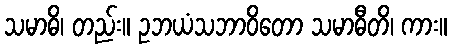
သမာဓိ၊ တည်း။ ဥဘယံသဘာဝိတော သမာဓီတိ၊ ကား။